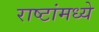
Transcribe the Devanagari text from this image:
राष्टांमध्ये